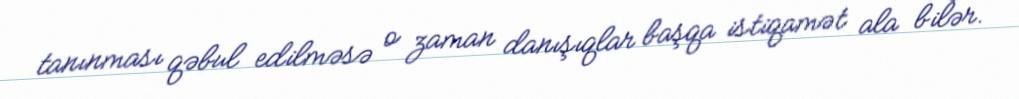
tanınması qəbul edilməsə o zaman danışıqlar başqa istiqamət ala bilər.